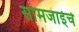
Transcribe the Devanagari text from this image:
सोमजाईचे